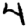
Digit: 4